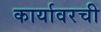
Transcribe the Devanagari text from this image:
कार्यावरची